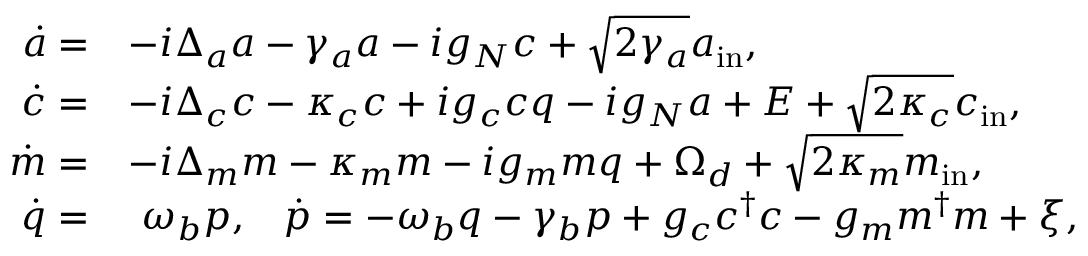
\begin{array} { r l } { \dot { a } = } & { - i \Delta _ { a } a - \gamma _ { a } a - i g _ { N } c + \sqrt { 2 \gamma _ { a } } a _ { \mathrm { i n } } , } \\ { \dot { c } = } & { - i \Delta _ { c } c - \kappa _ { c } c + i g _ { c } c q - i g _ { N } a + E + \sqrt { 2 \kappa _ { c } } c _ { \mathrm { i n } } , } \\ { \dot { m } = } & { - i \Delta _ { m } m - \kappa _ { m } m - i g _ { m } m q + \Omega _ { d } + \sqrt { 2 \kappa _ { m } } m _ { \mathrm { i n } } , } \\ { \dot { q } = } & { \ \omega _ { b } p , \, \, \, \, \, \dot { p } = - \omega _ { b } q - \gamma _ { b } p + g _ { c } c ^ { \dagger } c - g _ { m } m ^ { \dagger } m + \xi , } \end{array}